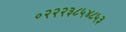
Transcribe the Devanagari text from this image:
०२२२३८५४८५३